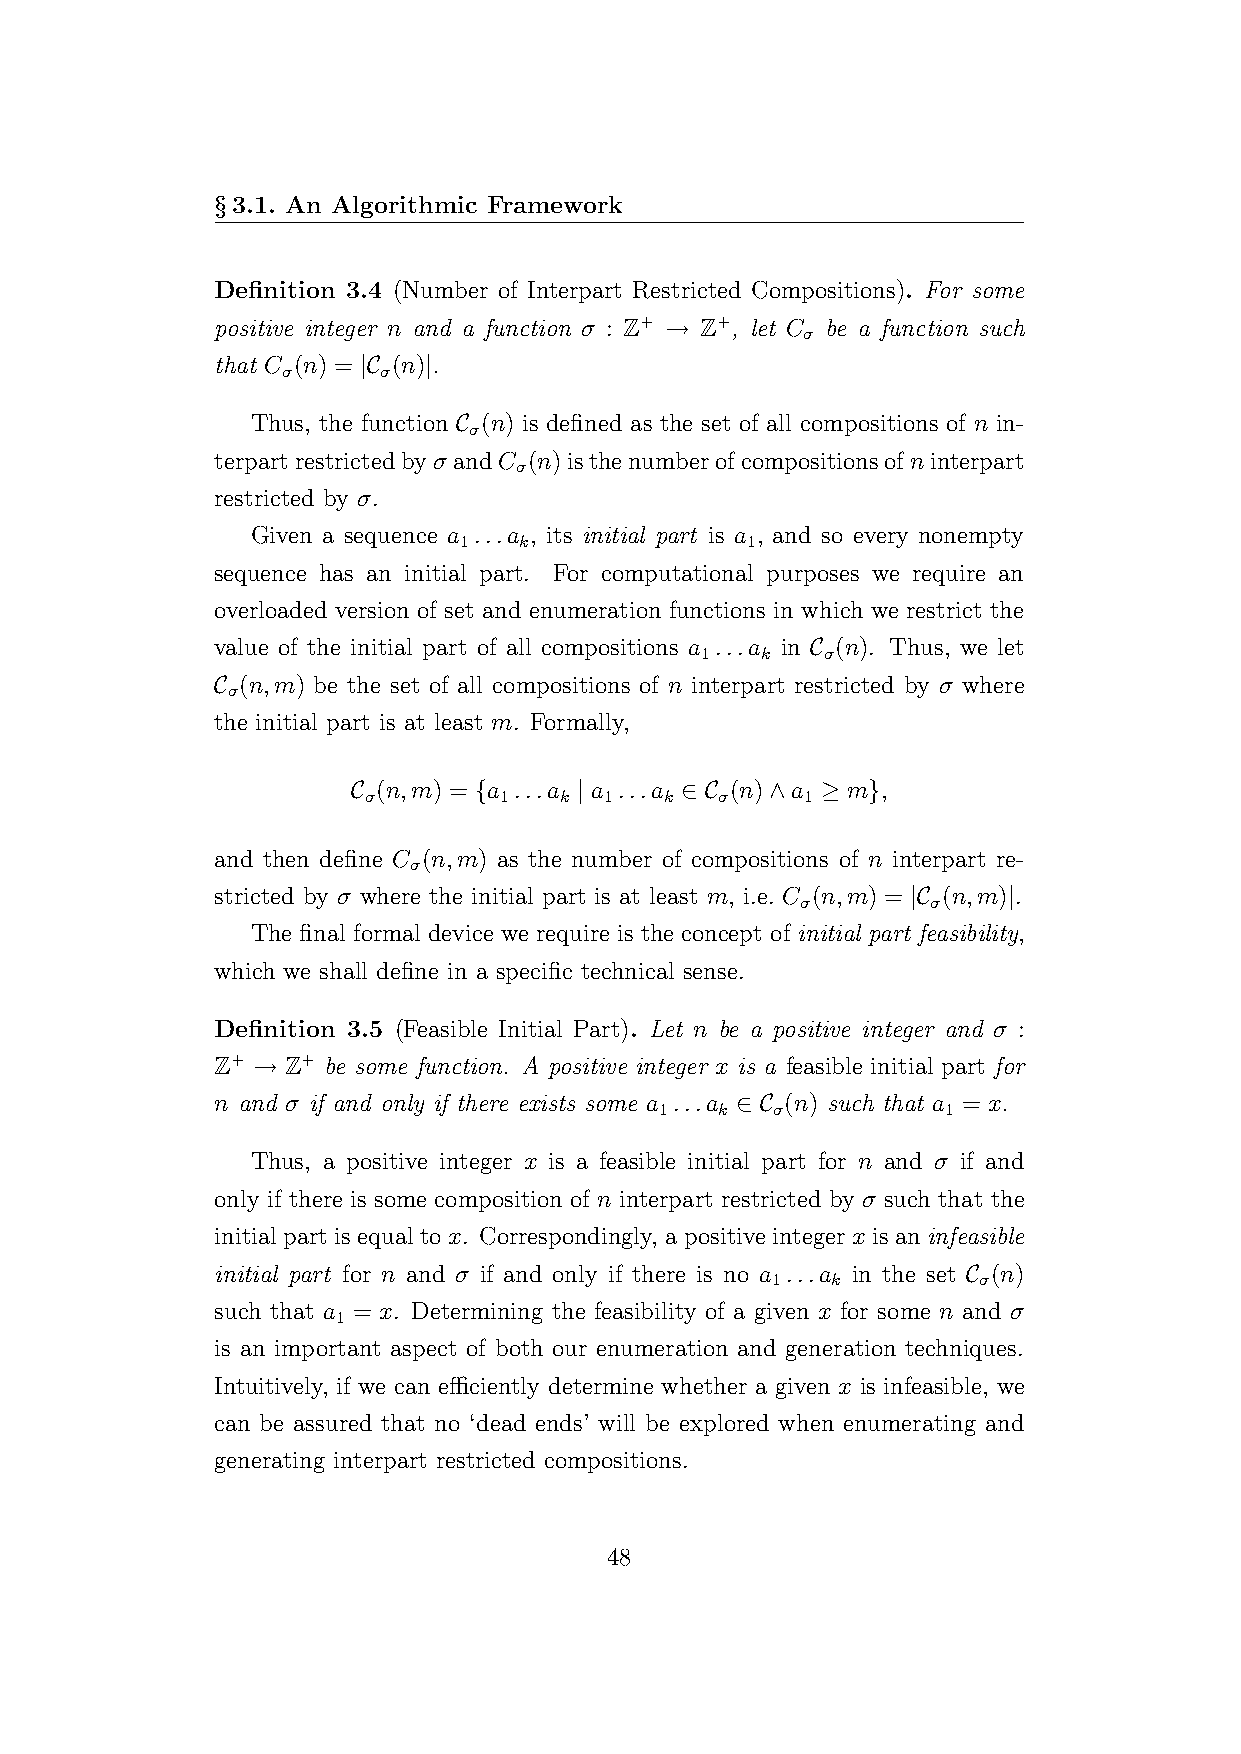
§3.1. An Algorithmic Framework
 Definition 3.4 (Number of Interpart Restricted Compositions). For some
 positive integer n and a function σ : Z+ → Z+, let C be a function such
 σ
 that C (n) = |C (n)|.
 σ     σ
 Thus, the function C (n) is defined as the set of all compositions of n in-
 σ
 terpartrestrictedbyσ andC (n)isthenumberofcompositionsofninterpart
 σ
 restricted by σ.
 Given a sequence a ...a , its initial part is a , and so every nonempty
 1   k              1
 sequence has an initial part. For computational purposes we require an
 overloaded version of set and enumeration functions in which we restrict the
 value of the initial part of all compositions a ...a in C (n). Thus, we let
 1   k   σ
 C (n,m) be the set of all compositions of n interpart restricted by σ where
 σ
 the initial part is at least m. Formally,
 C (n,m) = {a ...a | a ...a ∈ C (n)∧a ≥ m},
 σ        1   k  1   k   σ    1
 and then define C (n,m) as the number of compositions of n interpart re-
 σ
 stricted by σ where the initial part is at least m, i.e. C (n,m) = |C (n,m)|.
 σ        σ
 The final formal device we require is the concept of initial part feasibility,
 which we shall define in a specific technical sense.
 Definition 3.5 (Feasible Initial Part). Let n be a positive integer and σ :
 Z+ → Z+ be some function. A positive integer x is a feasible initial part for
 n and σ if and only if there exists some a ...a ∈ C (n) such that a = x.
 1   k  σ           1
 Thus, a positive integer x is a feasible initial part for n and σ if and
 only if there is some composition of n interpart restricted by σ such that the
 initial part is equal to x. Correspondingly, a positive integer x is an infeasible
 initial part for n and σ if and only if there is no a ...a in the set C (n)
 1   k         σ
 such that a = x. Determining the feasibility of a given x for some n and σ
 1
 is an important aspect of both our enumeration and generation techniques.
 Intuitively, if we can efficiently determine whether a given x is infeasible, we
 can be assured that no ‘dead ends’ will be explored when enumerating and
 generating interpart restricted compositions.
 48